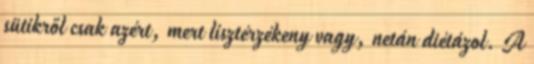
sütikről csak azért, mert lisztérzékeny vagy, netán diétázol. A